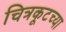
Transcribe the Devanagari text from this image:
चित्रकूटच्या